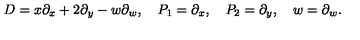
D = x \partial _ { x } + 2 \partial _ { y } - w \partial _ { w } , \quad P _ { 1 } = \partial _ { x } , \quad P _ { 2 } = \partial _ { y } , \quad w = \partial _ { w } .